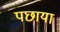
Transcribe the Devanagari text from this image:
पछाया